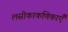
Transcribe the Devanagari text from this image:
लसीकाकणिकाएँ